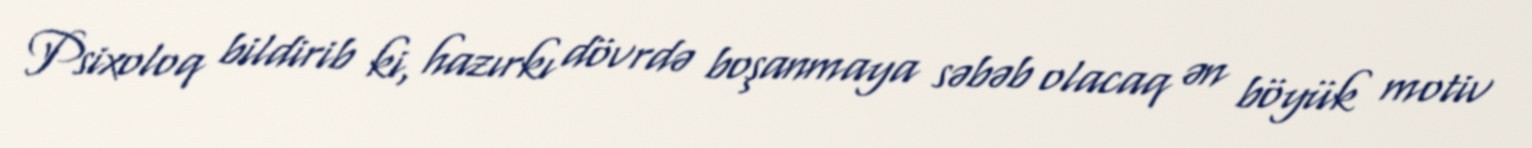
Psixoloq bildirib ki, hazırkı dövrdə boşanmaya səbəb olacaq ən böyük motiv